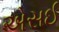
એસઈ